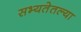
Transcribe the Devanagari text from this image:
सभ्यतेतल्या